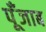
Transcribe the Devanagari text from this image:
पूँजाब